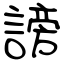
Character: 謗